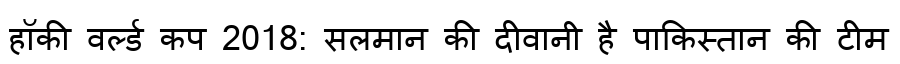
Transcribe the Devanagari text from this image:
हॉकी वर्ल्ड कप 2018: सलमान की दीवानी है पाकिस्तान की टीम